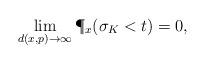
LaTeX: \begin{align*}\lim_{d(x,p)\to\infty}\P_x(\sigma_K<t)=0,\end{align*}